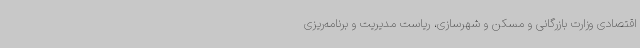
اقتصادی وزارت بازرگانی و مسکن و شهرسازی، ریاست مدیریت و برنامه‌ریزی